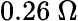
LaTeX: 0.26~\Omega